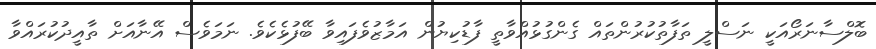
ބޮލްސާނަރޯއަކީ ނަސްލީ ތަފާތުކުރުންތައް ގެންގުޅުއްވާތީ ފާޑުކިޔުން އަމާޒުވެފައިވާ ބޭފުޅެކެވެ. ނަމަވެސް އޭނާއަށް ތާއީދުކުރައްވާ